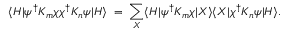
\langle H | \psi ^ { \dagger } { \cal K } _ { m } \chi \chi ^ { \dagger } { \cal K } _ { n } \psi | H \rangle \; = \; \sum _ { X } \langle H | \psi ^ { \dagger } { \cal K } _ { m } \chi | X \rangle \langle X | \chi ^ { \dagger } { \cal K } _ { n } \psi | H \rangle .